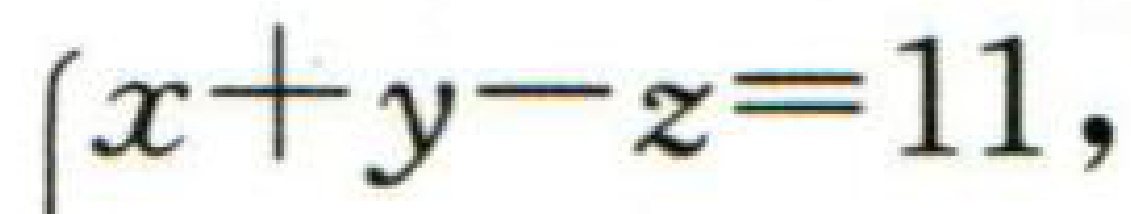
\(\begin{cases}x + y - z = 11,\end{cases}\)